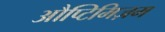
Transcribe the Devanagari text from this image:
औप्टिमिज़म